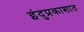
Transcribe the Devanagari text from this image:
इंदुप्रकाशात